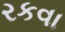
રકવા